Insane asylums in Bengal annual reports 1876-1887 - 1876-1887
Year: 1876
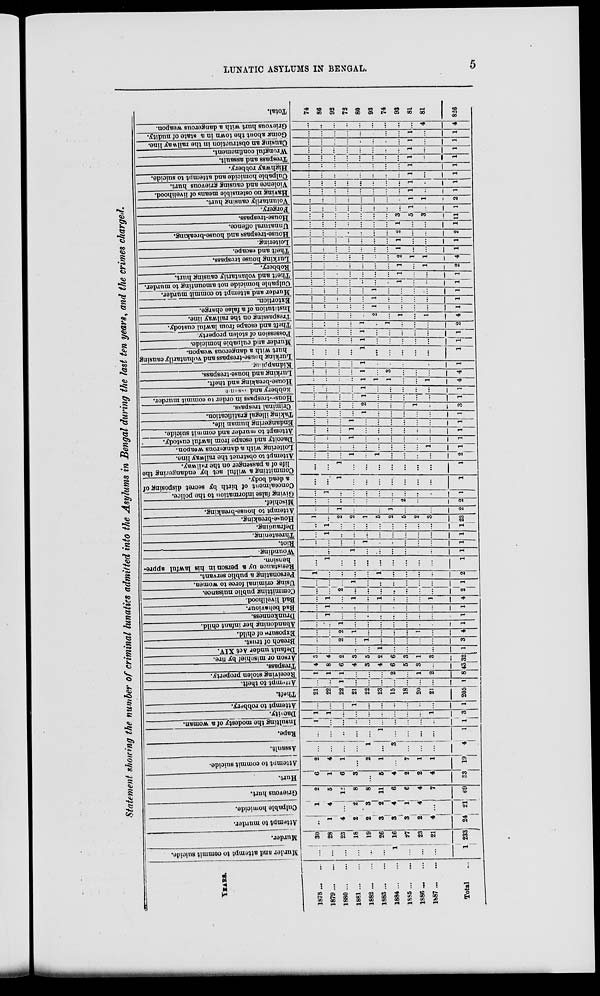
LUNATIC ASYLUMS IN BENGAL.
5
Statement showing the number of criminal lunatics admitted into the Asylums in Bengal during the last ten years, and the crimes charged.
YEARS.
1878 ... ...
1879 ... ...
1880 ... ...
1881 ... ...
1882 ... ...
1883 ... ...
1884 ... ...
1885 ... ...
1886 ... ...
1887 ... ...
Total ...
Murder and attempt to commit suicide.
...
...
...
...
...
...
1
...
...
...
1
Murder.
30
28
25
18
19
26
16
27
23
21
233
Attempt to murder.
...
1
4
2
2
3
3
3
2
4
24
Culpable homicide.
1
4
...
2
3
2
4
1
4
...
21
Grievous hurt.
2
5
12
8
8
11
6
6
4
7
69
Hurt.
6
1
6
3
...
5
4
2
2
4
33
Attempt to commit suicide.
2
4
1
...
2
1
...
7
1
1
19
Assault.
...
...
...
...
1
...
3
...
...
...
4
Rape.
...
...
...
...
...
1
...
...
...
...
1
Insulting the modesty of a woman.
1
...
...
...
...
...
...
...
...
...
1
Dacoity.
1
1
...
...
...
...
...
...
...
1
3
Attempt to robbery.
...
...
...
1
...
...
...
...
...
...
1
Theft.
21
22
22
21
22
23
15
18
20
21
205
Attempt to theft.
...
...
1
...
...
...
...
...
...
...
1
Receiving stolen property.
1
1
1
...
...
...
2
...
1
2
8
Trespass.
4
8
6
4
3
4
6
5
3
...
43
Arson or mischief by fire.
3
4
2
3
5
2
6
3
1
3
32
Default under Act XIV.
...
...
...
...
...
1
...
...
...
...
1
Breach of trust.
...
...
2
...
1
...
...
...
...
...
3
Exposure of child.
...
...
2
1
...
...
...
...
1
...
4
Abandoning her infant child.
...
...
1
...
...
...
...
...
...
...
1
Drunkenness.
...
1
...
...
...
...
...
...
...
...
1
Bad behaviour.
...
1
...
...
...
...
...
...
...
...
1
Bad livelihood.
...
1
...
1
...
1
...
...
...
1
4
Committing public nuisance.
...
...
2
...
...
...
...
...
...
...
2
Using criminal force to women.
...
...
...
1
...
..
...
...
...
...
1
Personating a public servant.
1
...
...
...
...
1
...
...
...
...
2
Resistance by a person in his lawful appre-
hension.
...
1
...
...
...
...
...
...
...
...
1
Wounding.
...
...
...
1
...
...
...
...
...
...
1
Riot.
...
...
...
...
1
...
...
...
...
...
1
Threatening.
...
1
..
...
...
...
...
...
...
...
1
Defrauding.
...
1
...
...
...
...
...
...
...
...
1
House-breaking.
1
...
2
2
1
5
2
5
2
3
23
Attempt to house-breaking.
...
...
1
...
...
...
1
...
...
...
2
Mischief.
...
...
...
...
...
...
...
2
...
...
2
Giving false information to the police.
...
1
...
...
...
...
...
...
...
...
1
Concealment of birth by secret disposing of
a dead body.
...
...
1
...
...
...
...
...
...
...
1
Committing a wilful act by endangering the
life of a passenger on the railway.
...
...
1
...
...
...
...
...
...
...
1
Attempt to obstruct the railway line.
...
...
...
1
...
1
...
...
...
...
2
Loitering with a dangerous weapon.
...
...
...
...
...
...
...
...
...
1
1
Dacoity and escape from lawful custody.
...
...
...
1
...
...
...
...
...
...
1
Attempt to murder and commit suicide.
...
...
...
1
...
...
...
...
...
...
1
Endangering human life.
...
...
...
1
...
...
...
...
...
...
1
Taking illegal gratification.
...
...
...
...
1
...
...
...
...
...
1
Criminal trespass.
...
...
...
...
2
...
...
...
1
...
3
House-trespass in order to commit murder.
...
...
...
...
1
...
...
...
...
...
1
Robbery and assault
...
...
...
...
1
...
...
...
...
...
1
...House-breaking and theft.
...
...
...
...
1
1
1
...
...
1
4
Lurking and house-trespass.
...
...
...
...
1
...
3
...
...
...
4
Kidnapping
...
...
...
...
1
...
...
...
...
...
1
Lurking house-trespass and voluntarily causing
hurt with a dangerous weapon.
...
...
...
...
1
...
...
...
...
...
1
Murder and culpable homicide.
...
...
...
...
1
...
...
...
...
...
1
Possession of stolen property.
...
...
...
...
1
...
...
...
...
...
1
Theft and escape from lawful custody.
...
...
...
...
1
...
1
...
...
...
2
Trespassing on the railway line.
...
...
...
...
...
2
...
1
...
1
4
Institution of a false charge.
...
...
...
...
...
1
...
...
...
...
1
Extortion.
...
...
...
...
...
1
...
...
...
...
1
Murder and attempt to commit murder.
...
...
...
...
...
1
...
...
...
...
1
Culpable homicide not amounting to murder.
...
...
...
...
...
...
...
1
...
...
1
Theft and voluntarily causing hurt.
...
...
...
...
...
...
...
1
...
...
1
Robbery.
...
...
...
...
...
...
...
1
...
1
2
Lurking house trespass.
...
...
...
...
...
...
...
2
1
1
4
Theft and escape.
...
...
...
...
...
...
...
1
...
...
1
Loitering.
...
...
...
...
...
...
...
1
...
...
1
House-trespass and house-breaking.
...
...
...
...
...
...
...
2
...
...
2
Unnatural offence.
...
...
...
...
...
...
...
1
...
...
1
House-trespass.
...
...
...
...
...
...
...
3
5
3
11
Forgery.
...
...
...
...
...
...
...
...
1
...
1
Voluntarily causing hurt.
...
...
...
...
...
...
...
...
1
1
2
Having no ostensible means of livelihood.
...
...
...
...
...
...
...
...
1
...
1
Violence and causing grievous hurt.
...
...
...
...
...
...
...
...
1
...
1
Culpable homicide and attempt to suicide.
...
...
...
...
...
...
...
...
1
...
1
Highway robbery.
...
...
...
...
...
...
...
...
1
...
1
Trespass and assault.
...
...
...
...
...
...
...
...
1
...
1
Wrongful confinement.
...
...
...
...
...
...
...
...
1
...
1
Causing an obstruction in the railway line.
...
...
...
...
...
...
...
...
1
...
1
Going about the town in a state of nudity.
...
...
...
...
...
...
...
...
1
...
1
Grievous hurt with a dangerous weapon.
...
...
...
...
...
...
...
...
...
4
4
Total.
74
86
92
72
80
93
74
93
81
81
826